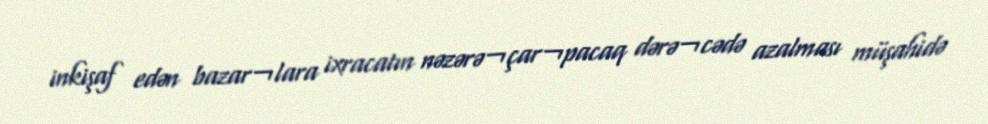
inkişaf edən bazar¬lara ixracatın nəzərə¬çar¬pacaq dərə¬cədə azalması müşahidə